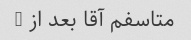
متاسفم آقا بعد از 7